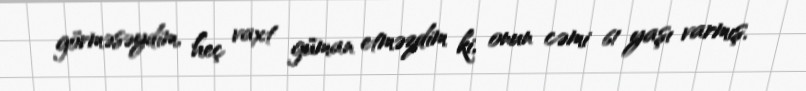
görməsəydim, heç vaxt güman etməzdim ki, onun cəmi 61 yaşı varmış.